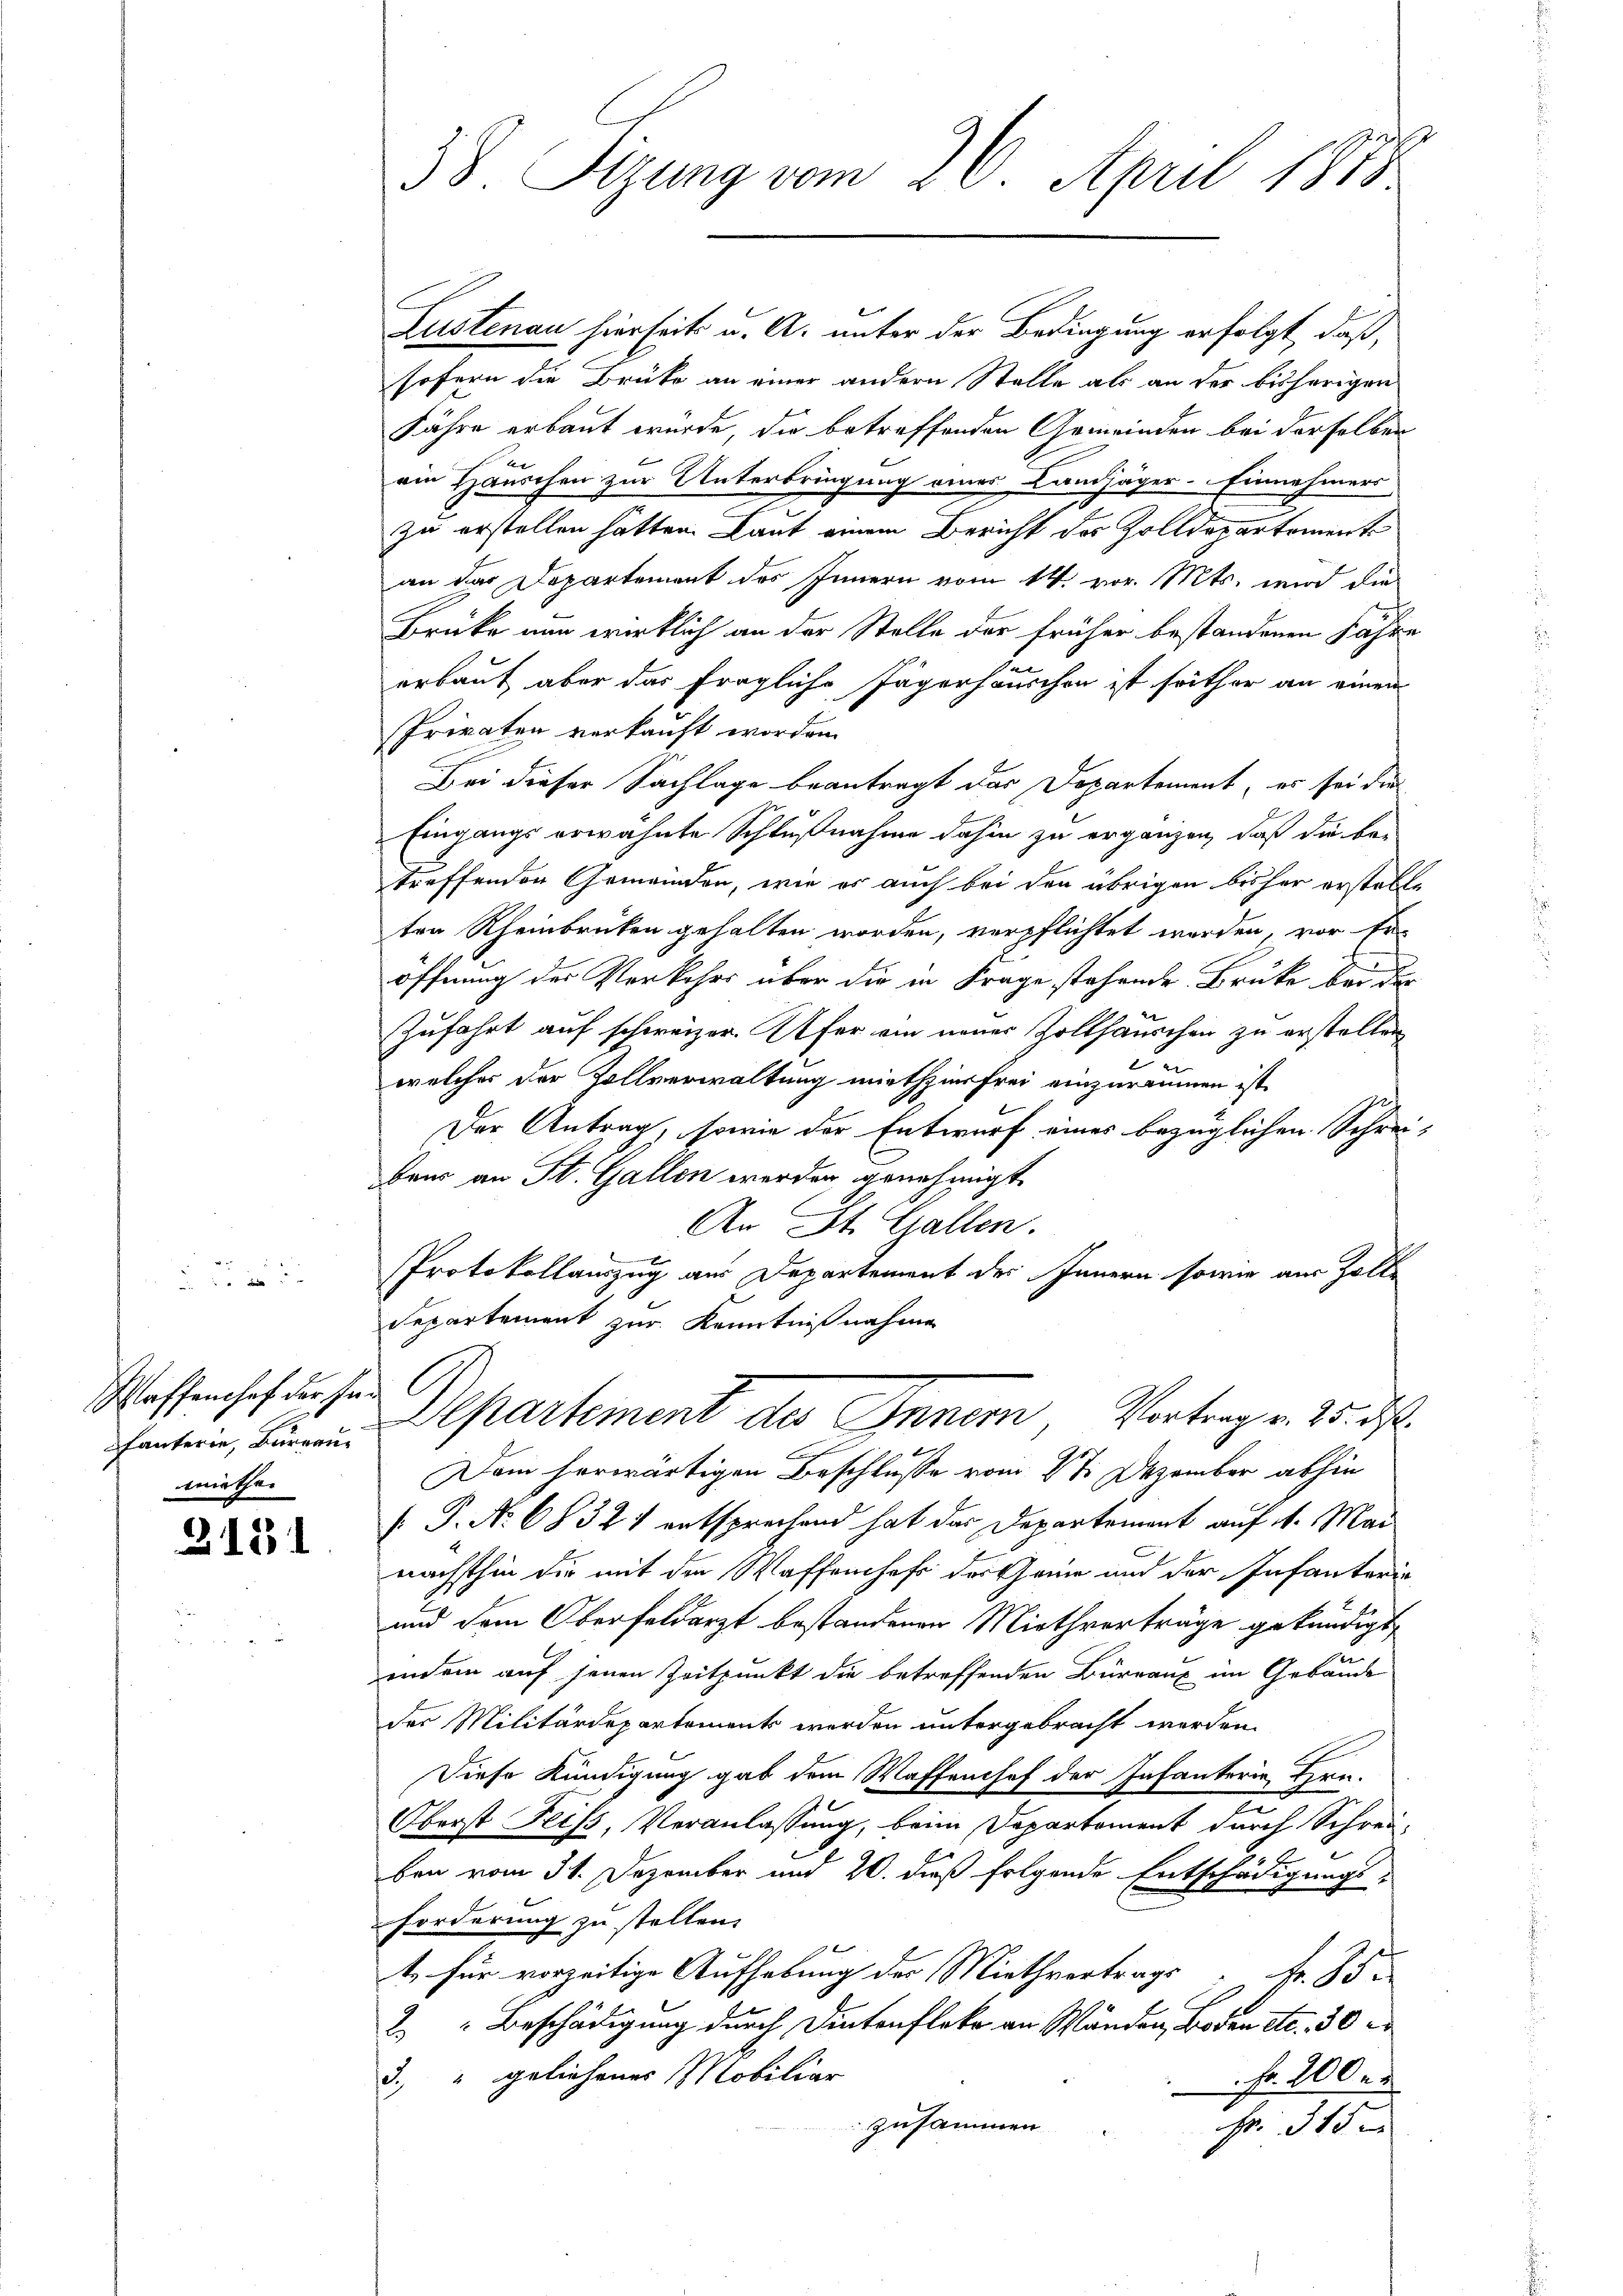
Waffenshof der Ind
häuterie, Bureau
miethei

2131

38. Sizung vom 26. April 1873.

Lustenau hierseits u. A. unter der Bedingung erfolgt, daß,
sofern die Brüke an einer andern Stelle als an der bisherigen
Jahre erbaut wurde, die betreffenden Gemeinden bei derselben
ein Häuschen zur Unterbringung einer Landjäger-Einnahmers
.
zu erstellen hätten. Laut einem Bericht des Zolldepartements
an das Departement des Innern vom 14. vor. Mts. wird die
Brüke nun wirklich an der Stelle der früher bestandenen Jahre
erbaut aber das fragliche Jägerhäuschen ist seither an einen
Privaten verkauft worden.
Bei dieser Sachlage beantragt das Departement, es sei die
Eingangs erwähnte Schlußnahme dahin zu ergänzen, daß die be-
treffenden Gemeinden, wie es auch bei den übrigen bisher erstelle
ten Rheinbrücken gehalten worden, verpflichtet werden, vor Eröffnung des Verkehrs über die in Frage stehende Brüke bei der
Zufahrt auf schweizer. Es für ein neuer Zollhauschen zu erstellen
welcher der Zollverwaltung miethzinsfrei einzuräumen ist
Der Antrag, sowie der Entwurf eines bezüglichen Schrei-
Baur an St. Gallen werden genehmigt
An St. Gallen.
Protokollauszug aus Departement des Innern sowie aus Zolle
Repartement zur Kenntnißnahme
Departement des Innern, Vortrag v. 25. ds.
Dem herwärtigen Beschlusse vom 2te Dezember abhin
 P. Nr. 68321 entsprechend hat das Departement auf 4. Mai
nächsthin die mit den Waffenheft des Grüne und der Infanteria
und dem Oberfeldarzt bestandenen Miethverträge gekündigt,
endein auf jenen Zeitpunkt die betreffenden Büreaux im Gebäude
der Militärdepartement werden untergebracht werden.
Diese Kündigung gab dem Waffenhof der Infanterie Hrn.
n
Oberst Feiss, Veranlassung, beim Departement durch Schreiben vom 31. Dezember und 20. dieß folgende Entschädigungs-
Forderung zu stellen.
t, für vorzeitige Aufhebung der Miethvertrags fr. 85.
2 " Beschädigung durch Dintenfleko an Wänden, Boden etz. 30 x
3.) “ geliehenes Mobiliar
Fr. 200 er
zusammen
Fr. 315